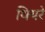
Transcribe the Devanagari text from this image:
थियरे